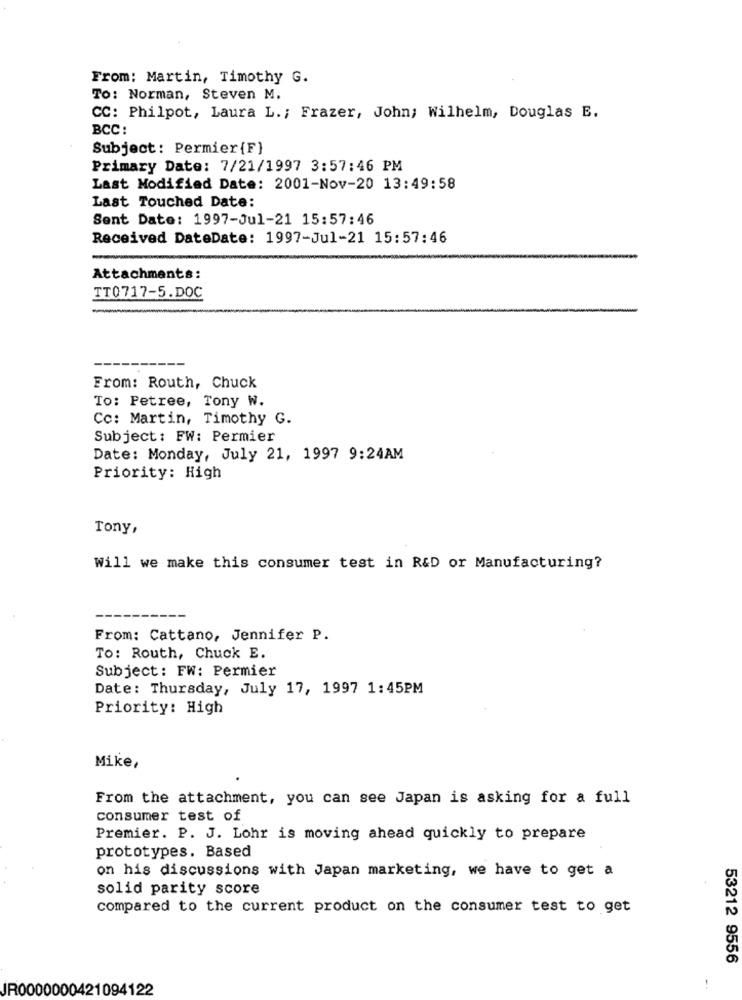
From: Martin, Timothy G.
To: Norman, Steven M.
CC: Philpot, Laura L. ; Frazer, John; Wilhelm, Douglas E.
BCC :
Subject: Permier{F}
Primary Date: 7/21/1997 3:57:46 PM
Last Modified Date: 2001-Nov-20 13:49:58
Last Touched Date:
Sent Date: 1997-Jul-21 15:57:46
Received DateDate: 1997-Jul-21 15:57:46
Attachments:
TT0717-5.DOC
From: Routh, Chuck
To: Petree, Tony W.
Cc: Martin, Timothy G.
Subject: FW: Permier
Date: Monday, July 21, 1997 9:24AM
Priority: High
Tony,
Will we make this consumer test in R&D or Manufacturing?
From: Cattano, Jennifer P.
To: Routh, Chuck E.
Subject: FW: Permier
Date: Thursday, July 17, 1997 1:45PM
Priority: High
Mike
From the attachment, you can see Japan is asking for a full
consumer test of
Premier. P. J. Lohr is moving ahead quickly to prepare
prototypes. Based
on his discussions with Japan marketing, we have to get a
solid parity score
compared to the current product on the consumer test to get
53212 9556
JR0000000421094122